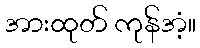
အားထုတ် ကုန်အံ့။